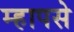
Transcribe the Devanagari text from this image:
म्हापसे